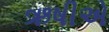
ઋષીએ